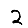
Digit: 2